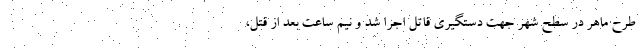
طرح ماهر در سطح شهر جهت دستگیری قاتل اجرا شد و نیم ساعت بعد از قتل،